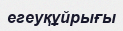
егеуқұйрығы